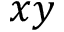
x y